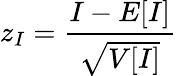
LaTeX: z_{I}=\frac{I-E[I]}{\sqrt{V[I]}}